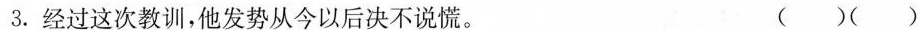
3.经过这次教训，他发势从今以后决不说慌。 ( ) ( )